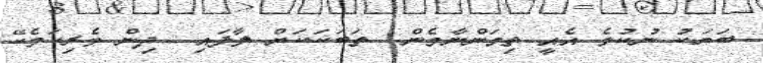
ބަޔަކު ނުކުމެ އެއީ ތިމަންނާމެން  ތަބަކަކަށް ލާފައި  ދިން ވެރިކަމެކޭ